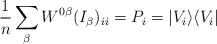
\begin{align*}\frac{1}{n}\sum_\beta W^{0 \beta} (I_\beta)_{i i} = P_i =|V_i\rangle\langle V_i |\end{align*}